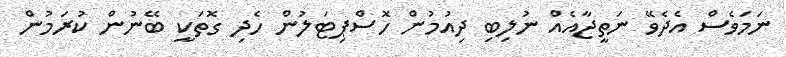
ނަމަވެސް އެދެވޭ ނަތީޖާއެއް ނުލިބި ދިއުމުން ހޮސްޕިޓަލުން ހެދި ގޮތަކީ ބޭނުން ކުރަމުން